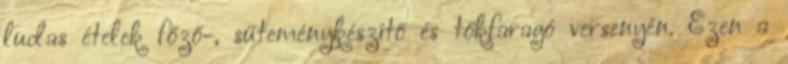
ludas ételek főző-, süteménykészítő és tökfaragó versenyén. Ezen a